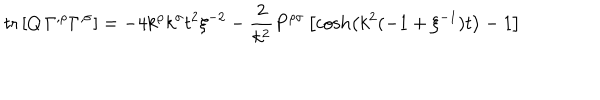
LaTeX: \mathrm { t r } \left[ Q \, \Gamma ^ { , \rho } \Gamma ^ { , \sigma } \right] = - 4 k ^ { \rho } k ^ { \sigma } t ^ { 2 } \xi ^ { - 2 } - \frac { 2 } { k ^ { 2 } } P ^ { \rho \sigma } \left[ \cosh \left( k ^ { 2 } ( - 1 + \xi ^ { - 1 } ) t \right) - 1 \right]